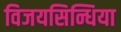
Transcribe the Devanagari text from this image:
विजयसिन्धिया